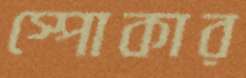
স্পোকার